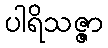
ပါရိသဇ္ဇာ